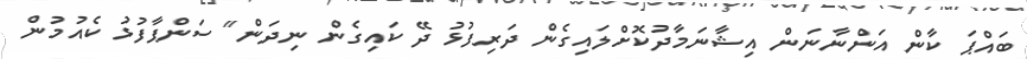
ބައްޕަ ކާން އަންނާނަން އިޝާނަމާދުކޮށްލައިގެން ދަރިފުޅު ދޭ ކައިގެން ނިދަން" ސަންޕާފުޅު ކެއުމުން